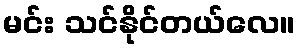
မင်း သင်နိုင်တယ်လေ။